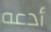
أدعه